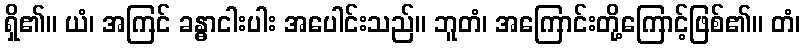
ရှိ၏။ ယံ၊ အကြင် ခန္ဓာငါးပါး အပေါင်းသည်။ ဘူတံ၊ အကြောင်းတို့ကြောင့်ဖြစ်၏။ တံ၊